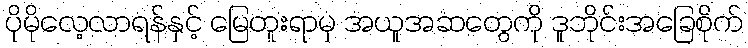
ပိုမိုလေ့လာရန်နှင့် မြေတူးရာမှ အယူအဆတွေကို ဒူဘိုင်းအခြေစိုက်